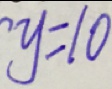
y = 1 0